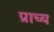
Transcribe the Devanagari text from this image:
प्राच्‍य